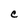
Character: C